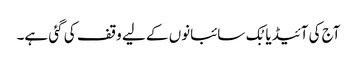
آج کی آئیڈیا بُک سائبانوں کے لیے وقف کی گئی ہے۔